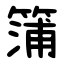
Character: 䈬